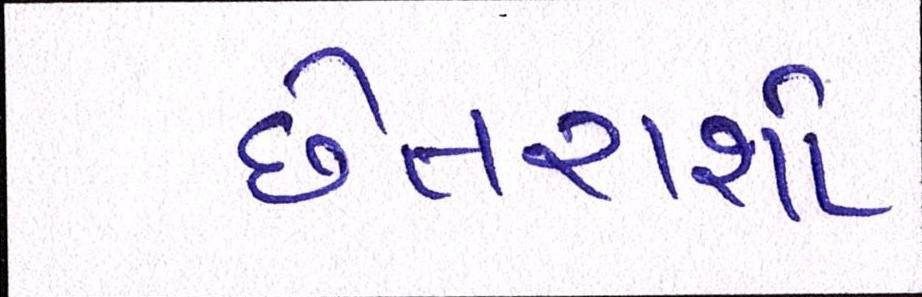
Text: છેતરાશો